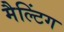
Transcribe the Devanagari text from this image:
मैल्टिंग